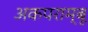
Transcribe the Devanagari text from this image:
अकपराम्बू